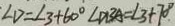
\angle D = \angle 3 + 6 0 ^ { \circ } \angle D B A = \angle 3 + 7 0 ^ { \circ } .